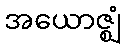
အယောဇ္ဈံ